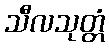
သီလသုတ္တံ